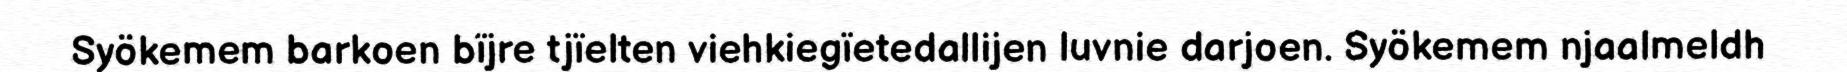
Syökemem barkoen bïjre tjïelten viehkiegïetedallijen luvnie darjoen. Syökemem njaalmeldh